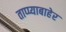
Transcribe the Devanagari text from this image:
ताप्प्याबाहेर